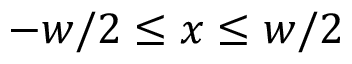
- w / 2 \leq x \leq w / 2